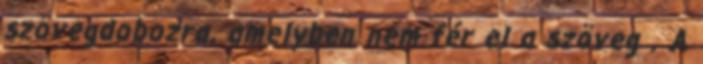
szövegdobozra, amelyben nem fér el a szöveg . A